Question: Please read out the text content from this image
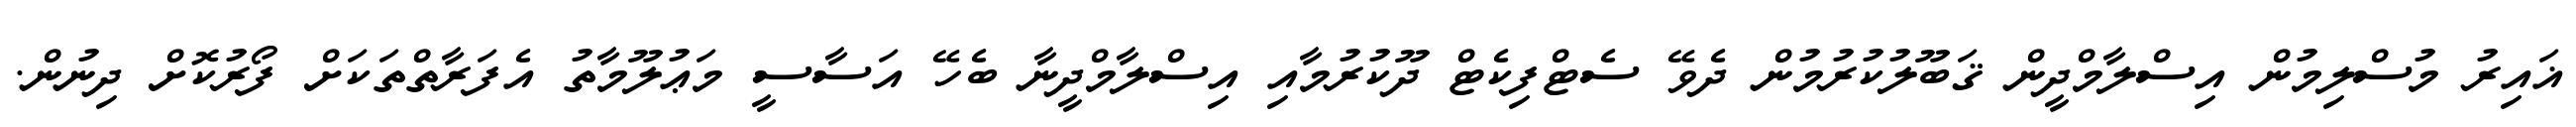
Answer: ޣައިރު މުސްލިމުން އިސްލާމްދީން ޤަބޫލުކުރުމުން ދެވޭ ސެޓްފިކެޓް ދޫކުރުމާއި އިސްލާމްދީނާ ބެހޭ އަސާސީ މަޢުލޫމާތު އެފަރާތްތަކަށް ފޯރުކޮށް ދިނުން.